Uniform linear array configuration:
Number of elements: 32
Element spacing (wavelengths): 1
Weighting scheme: hann
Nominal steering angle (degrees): -30
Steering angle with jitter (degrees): -28.067
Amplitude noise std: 0.05
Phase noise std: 0.05

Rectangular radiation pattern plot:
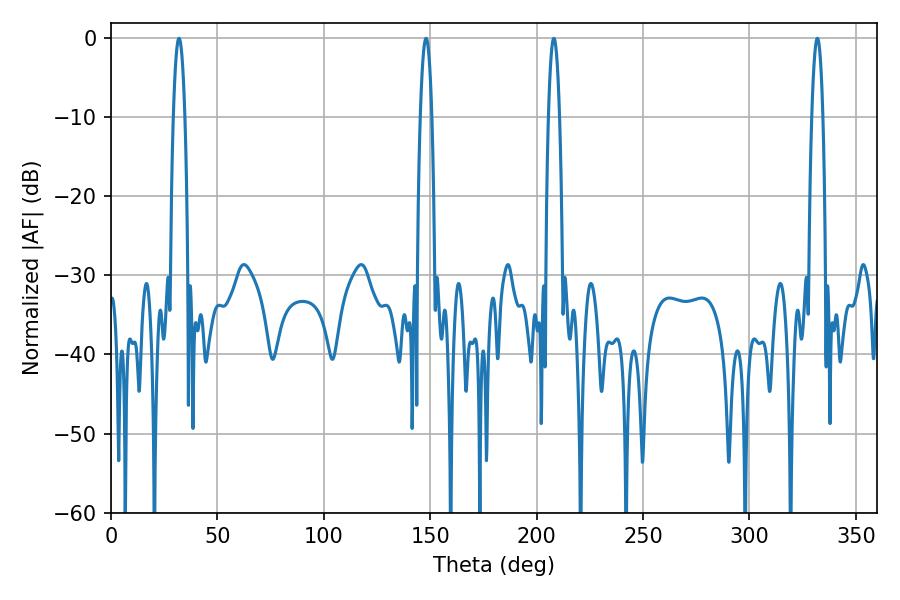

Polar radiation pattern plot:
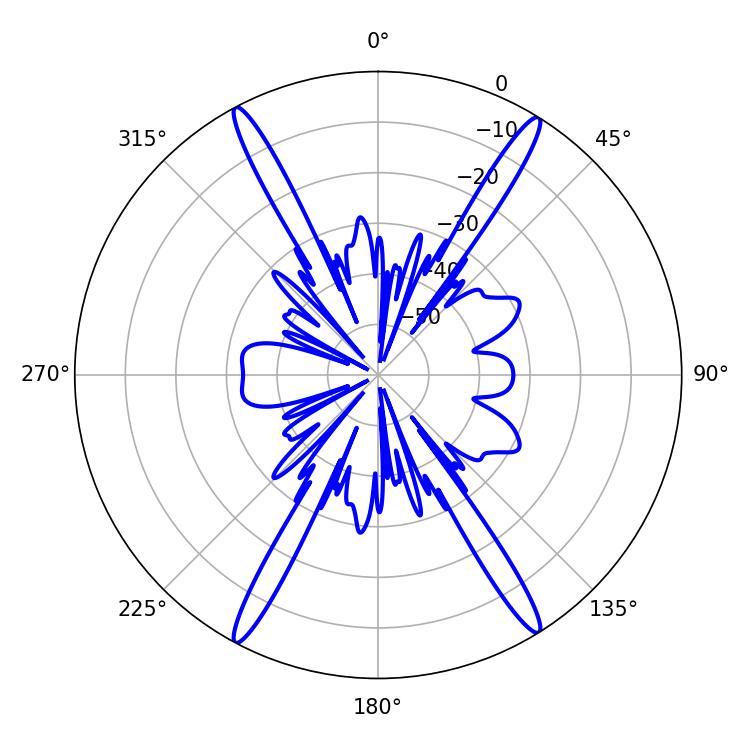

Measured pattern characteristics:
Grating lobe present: TRUE
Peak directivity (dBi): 23.462
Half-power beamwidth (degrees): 2.88
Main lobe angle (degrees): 208.08